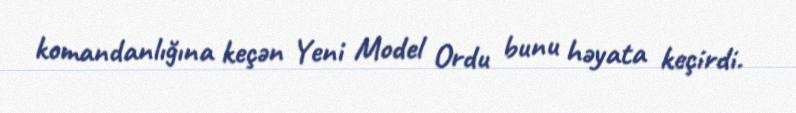
komandanlığına keçən Yeni Model Ordu bunu həyata keçirdi.